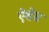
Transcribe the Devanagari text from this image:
ऐशेस